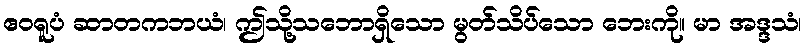
ဧဝရူပံ ဆာတကဘယံ၊ ဤသို့သဘောရှိသော မွတ်သိပ်သော ဘေးကို။ မာ အဒ္ဒသံ၊